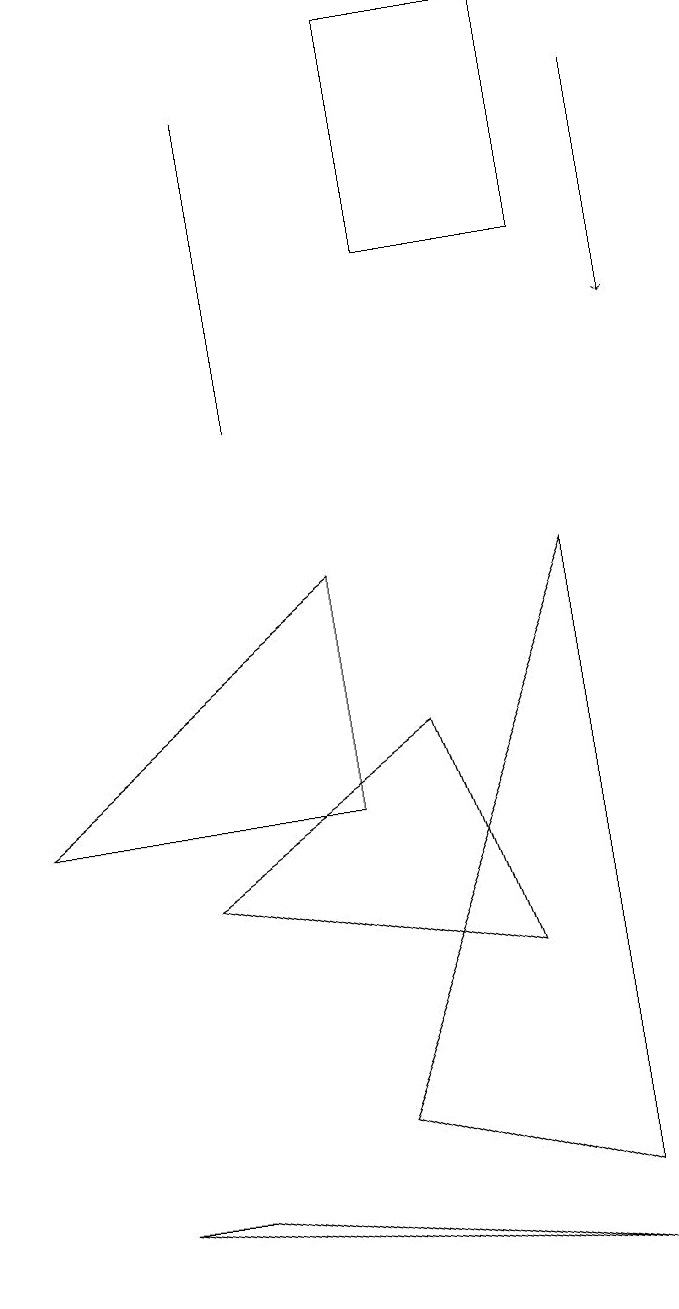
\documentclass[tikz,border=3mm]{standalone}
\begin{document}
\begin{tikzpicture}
\draw (0,6) -- (4,9) -- (4,6) -- cycle;
\draw (2,1) -- (7,0) -- (1,1) -- cycle;
\draw (3,11) rectangle (3,15);
\draw (7,1) -- (4,2) -- (7,9) -- cycle;
\draw (5,16) rectangle (7,13);
\draw (2,5) -- (5,7) -- (6,4) -- cycle;
\draw[->] (8,15) -- (8,12);
\draw (8,14) rectangle (8,14);
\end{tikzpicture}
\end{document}